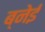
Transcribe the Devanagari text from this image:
ब्नेई